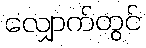
လျှောက်တွင်